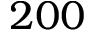
2 0 0